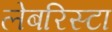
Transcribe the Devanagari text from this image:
लेबरिस्टा